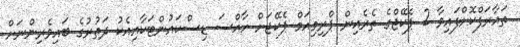
ތައާރަފްކޮށްފައިވާ 2 ޕެކޭޖްގެ ތެރެއިން ޕްރިމިއަމް ޕެކޭޖަށް ހާއްސަ ޑިސްކައުންޓަކާއިއެކު ދަތުރުގެ ބައިވެރިންނަށް